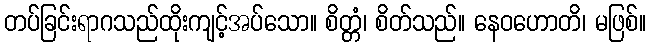
တပ်ခြင်းရာဂသည်ထိုးကျင့်အပ်သော။ စိတ္တံ၊ စိတ်သည်။ နေဝဟောတိ၊ မဖြစ်။